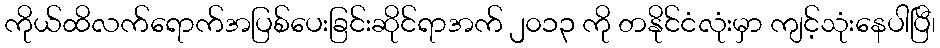
ကိုယ်ထိလက်ရောက်အပြစ်ပေးခြင်းဆိုင်ရာအက် ၂၀၁၃ ကို တနိုင်ငံလုံးမှာ ကျင့်သုံးနေပါပြီ၊